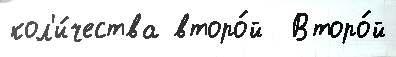
кол'и́чества второ́й  Второ́й